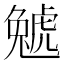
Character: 𧇢